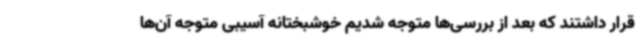
قرار داشتند که بعد از بررسی‌ها متوجه شدیم خوشبختانه آسیبی متوجه آن‌ها